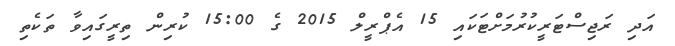
އަދި ރަޖިސްޓަރީކުރުމަށްޓަކައި 15 އެޕްރީލް 2015 ގެ 15:00 ކުރިން ތިރީގައިވާ ތަކެތި